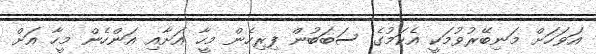
އަވަހަށް މަނިބޭރުވުމަކީ އެކަމުގެ ސަބަބުން ފިރިހެން މީހާ އަށާއި އަންހެން މީހާ އަށް